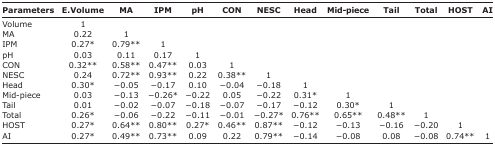
<table><thead><tr><td><b>Parameters</b></td><td><b>E.Volume</b></td><td><b>MA</b></td><td><b>IPM</b></td><td><b>pH</b></td><td><b>CON</b></td><td><b>NESC</b></td><td><b>Head</b></td><td><b>Mid-piece</b></td><td><b>Tail</b></td><td><b>Total</b></td><td><b>HOST</b></td><td><b>AI</b></td></tr></thead><tbody><tr><td>Volume</td><td>1</td><td></td><td></td><td></td><td></td><td></td><td></td><td></td><td></td><td></td><td></td><td></td></tr><tr><td>MA</td><td>0.22</td><td>1</td><td></td><td></td><td></td><td></td><td></td><td></td><td></td><td></td><td></td><td></td></tr><tr><td>IPM</td><td>0.27*</td><td>0.79**</td><td>1</td><td></td><td></td><td></td><td></td><td></td><td></td><td></td><td></td><td></td></tr><tr><td>pH</td><td>0.03</td><td>0.11</td><td>0.17</td><td>1</td><td></td><td></td><td></td><td></td><td></td><td></td><td></td><td></td></tr><tr><td>CON</td><td>0.32**</td><td>0.58**</td><td>0.47**</td><td>0.03</td><td>1</td><td></td><td></td><td></td><td></td><td></td><td></td><td></td></tr><tr><td>NESC</td><td>0.24</td><td>0.72**</td><td>0.93**</td><td>0.22</td><td>0.38**</td><td>1</td><td></td><td></td><td></td><td></td><td></td><td></td></tr><tr><td>Head</td><td>0.30*</td><td>−0.05</td><td>−0.17</td><td>0.10</td><td>−0.04</td><td>−0.18</td><td>1</td><td></td><td></td><td></td><td></td><td></td></tr><tr><td>Mid-piece</td><td>0.03</td><td>−0.13</td><td>−0.26*</td><td>−0.22</td><td>0.05</td><td>−0.22</td><td>0.31*</td><td>1</td><td></td><td></td><td></td><td></td></tr><tr><td>Tail</td><td>0.01</td><td>−0.02</td><td>−0.07</td><td>−0.18</td><td>−0.07</td><td>−0.17</td><td>−0.12</td><td>0.30*</td><td>1</td><td></td><td></td><td></td></tr><tr><td>Total</td><td>0.26*</td><td>−0.06</td><td>−0.22</td><td>−0.11</td><td>−0.01</td><td>−0.27*</td><td>0.76**</td><td>0.65**</td><td>0.48**</td><td>1</td><td></td><td></td></tr><tr><td>HOST</td><td>0.27*</td><td>0.64**</td><td>0.80**</td><td>0.27*</td><td>0.46**</td><td>0.87**</td><td>−0.12</td><td>−0.13</td><td>−0.16</td><td>−0.20</td><td>1</td><td></td></tr><tr><td>AI</td><td>0.27*</td><td>0.49**</td><td>0.73**</td><td>0.09</td><td>0.22</td><td>0.79**</td><td>−0.14</td><td>−0.08</td><td>0.08</td><td>−0.08</td><td>0.74**</td><td>1</td></tr></tbody></table>